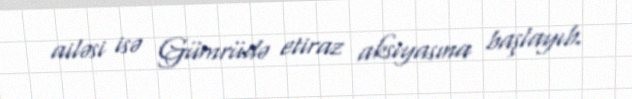
ailəsi isə Gümrüdə etiraz aksiyasına başlayıb.